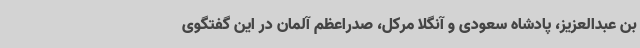
بن عبدالعزیز، پادشاه سعودی و آنگلا مرکل، صدراعظم آلمان در این گفتگوی